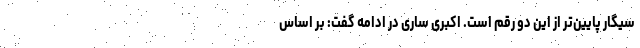
سیگار پایین‌تر از این دو رقم است. اکبری ساری در ادامه گفت: بر اساس